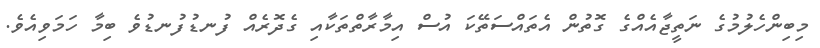
މިބިންހެލުމުގެ ނަތީޖާއެއްގެ ގޮތުން އެތައްސަތޭކަ އުސް އިމާރާތްތަކާއި ގެދޮރެއް ފުނޑުފުނޑުވެ ބިމާ ހަމަވިއެވެ.